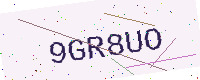
Text: 9GR8UO